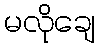
မလိုချေ